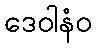
ဒေဝါနံဝ